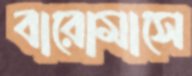
বারোমাসে